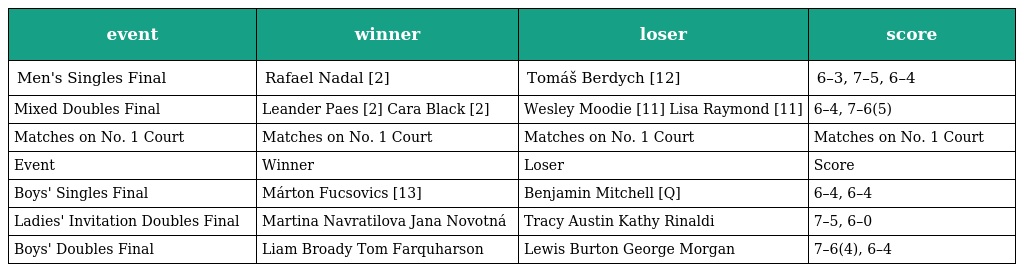
| event | winner | loser | score |
 | --- | --- | --- | --- |
 | Men's Singles Final | Rafael Nadal [2] | Tomáš Berdych [12] | 6–3, 7–5, 6–4 |
 | Mixed Doubles Final | Leander Paes [2] Cara Black [2] | Wesley Moodie [11] Lisa Raymond [11] | 6–4, 7–6(5) |
 | Matches on No. 1 Court | Matches on No. 1 Court | Matches on No. 1 Court | Matches on No. 1 Court |
 | Event | Winner | Loser | Score |
 | Boys' Singles Final | Márton Fucsovics [13] | Benjamin Mitchell [Q] | 6–4, 6–4 |
 | Ladies' Invitation Doubles Final | Martina Navratilova Jana Novotná | Tracy Austin Kathy Rinaldi | 7–5, 6–0 |
 | Boys' Doubles Final | Liam Broady Tom Farquharson | Lewis Burton George Morgan | 7–6(4), 6–4 |